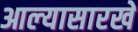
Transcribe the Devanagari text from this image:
आल्‍यासारखे